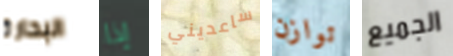
البحارة إذا ساعديني توازن الجميع